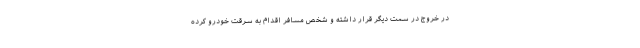
در خروج در سمت دیگر قرار داشته و شخص مسافر اقدام به سرقت خودرو کرده